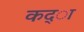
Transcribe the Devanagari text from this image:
कद्ा